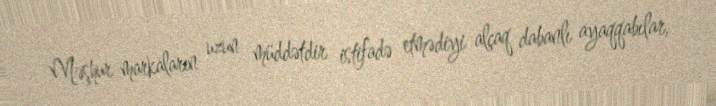
Məşhur markaların uzun müddətdir istifadə etmədiyi alçaq dabanlı ayaqqabılar,